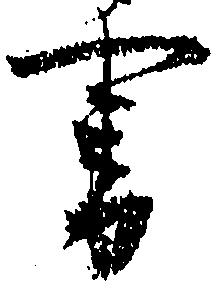
書